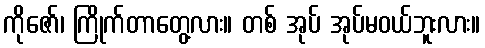
ကိုဇော်၊ ကြိုက်တာတွေ့လား။ တစ် အုပ် အုပ်မဝယ်ဘူးလား။